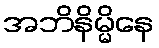
အဘိနိမ္မိနေ